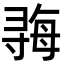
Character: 𫴱